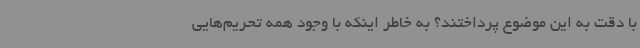
با دقت به این موضوع پرداختند؟ به خاطر اینکه با وجود همه تحریم‌هایی